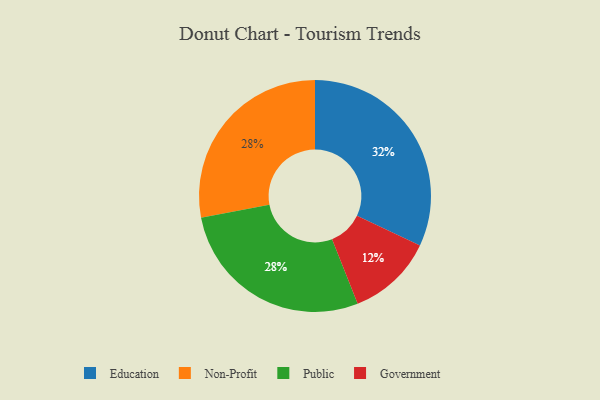
{"axis": {"x": "Category", "y": "Percentage"}, "legend": ["Education", "Government", "Non-Profit", "Public"], "data": [{"x": "Non-Profit", "y": 28, "type": "Non-Profit"}, {"x": "Education", "y": 32, "type": "Education"}, {"x": "Government", "y": 12, "type": "Government"}, {"x": "Public", "y": 28, "type": "Public"}]}